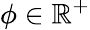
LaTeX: \phi\in\mathbb{R}^{+}